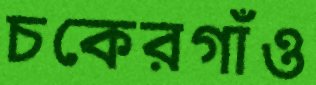
চকেরগাঁও